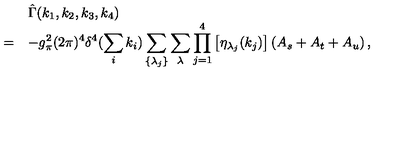
\begin{array} { r l } { } & { \hat { \Gamma } ( k _ { 1 } , k _ { 2 } , k _ { 3 } , k _ { 4 } ) } \\ { = } & { \displaystyle - g _ { \pi } ^ { 2 } ( 2 \pi ) ^ { 4 } \delta ^ { 4 } ( \sum _ { i } k _ { i } ) \sum _ { \{ \lambda _ { j } \} } \sum _ { \lambda } \prod _ { j = 1 } ^ { 4 } \left[ \eta _ { \lambda _ { j } } ( k _ { j } ) \right] \left( A _ { s } + A _ { t } + A _ { u } \right) , } \\ \end{array}